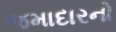
જમાદારનો